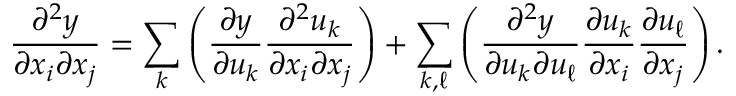
{ \frac { \partial ^ { 2 } y } { \partial x _ { i } \partial x _ { j } } } = \sum _ { k } \left( { \frac { \partial y } { \partial u _ { k } } } { \frac { \partial ^ { 2 } u _ { k } } { \partial x _ { i } \partial x _ { j } } } \right) + \sum _ { k , \ell } \left( { \frac { \partial ^ { 2 } y } { \partial u _ { k } \partial u _ { \ell } } } { \frac { \partial u _ { k } } { \partial x _ { i } } } { \frac { \partial u _ { \ell } } { \partial x _ { j } } } \right) .